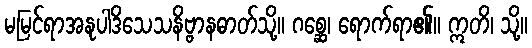
မမြင်ရာအနုပါဒိသေသနိဗ္ဗာနဓာတ်သို့။ ဂစ္ဆေ၊ ရောက်ရာ၏။ ဣတိ၊ သို့။